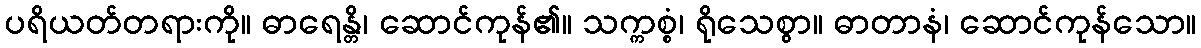
ပရိယတ်တရားကို။ ဓာရေန္တိ၊ ဆောင်ကုန်၏။ သက္ကစ္စံ၊ ရိုသေစွာ။ ဓာတာနံ၊ ဆောင်ကုန်သော။